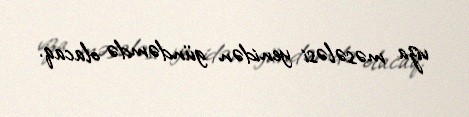
viza məsələsi yenidən gündəmdə olacaq.